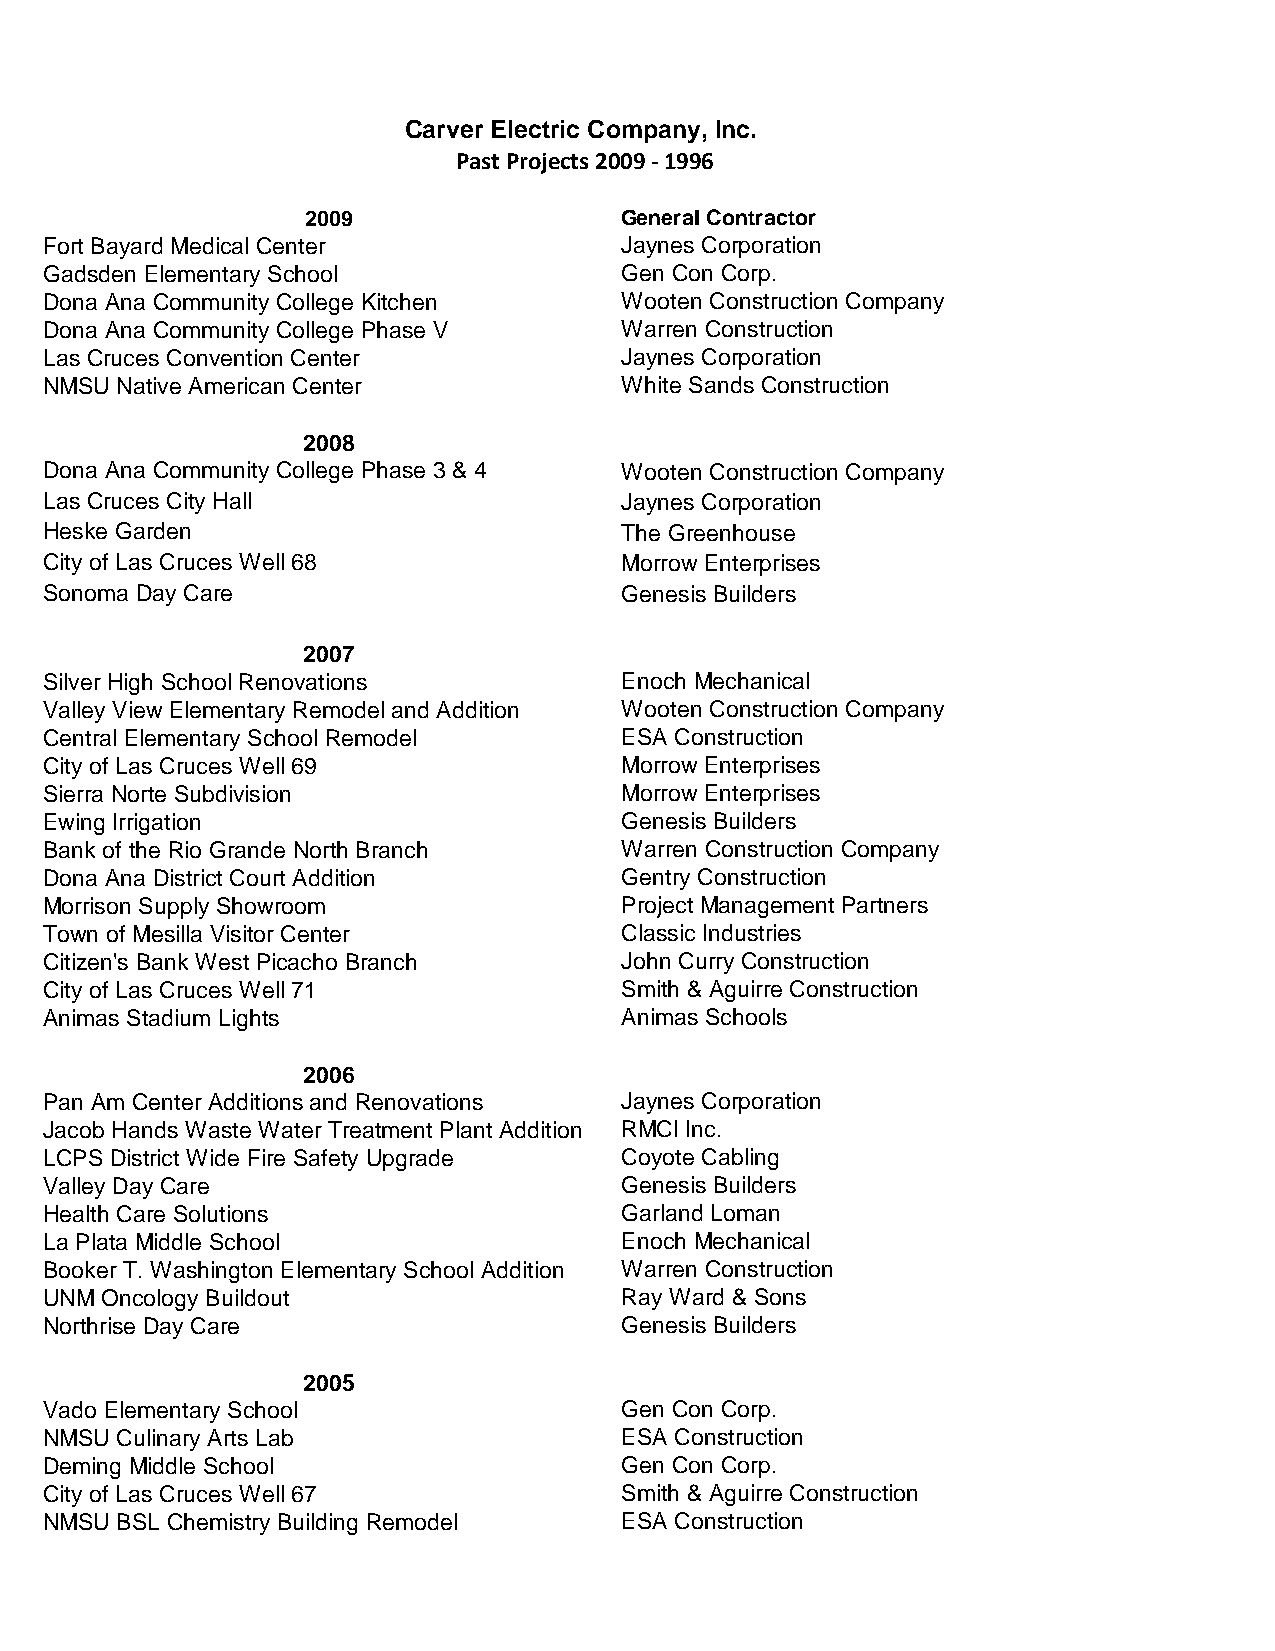
Carver Electric Company, Inc.
 Past Projects 2009 - 1996
 2009                 General Contractor
 Fort Bayard Medical Center            Jaynes Corporation
 Gadsden Elementary School             Gen Con Corp.
 Dona Ana Community College Kitchen    Wooten Construction Company
 Dona Ana Community College Phase V    Warren Construction
 Las Cruces Convention Center          Jaynes Corporation
 NMSU Native American Center           White Sands Construction
 2008
 Dona Ana Community College Phase 3 & 4 Wooten Construction Company
 Las Cruces City Hall                  Jaynes Corporation
 Heske Garden                          The Greenhouse
 City of Las Cruces Well 68            Morrow Enterprises
 Sonoma Day Care                       Genesis Builders
 2007
 Silver High School Renovations        Enoch Mechanical
 Valley View Elementary Remodel and Addition Wooten Construction Company
 Central Elementary School Remodel     ESA Construction
 City of Las Cruces Well 69            Morrow Enterprises
 Sierra Norte Subdivision              Morrow Enterprises
 Ewing Irrigation                      Genesis Builders
 Bank of the Rio Grande North Branch   Warren Construction Company
 Dona Ana District Court Addition      Gentry Construction
 Morrison Supply Showroom              Project Management Partners
 Town of Mesilla Visitor Center        Classic Industries
 Citizen's Bank West Picacho Branch    John Curry Construction
 City of Las Cruces Well 71            Smith & Aguirre Construction
 Animas Stadium Lights                 Animas Schools
 2006
 Pan Am Center Additions and Renovations Jaynes Corporation
 Jacob Hands Waste Water Treatment Plant Addition RMCI Inc.
 LCPS District Wide Fire Safety Upgrade Coyote Cabling
 Valley Day Care                       Genesis Builders
 Health Care Solutions                 Garland Loman
 La Plata Middle School                Enoch Mechanical
 Booker T. Washington Elementary School Addition Warren Construction
 UNM Oncology Buildout                 Ray Ward & Sons
 Northrise Day Care                    Genesis Builders
 2005
 Vado Elementary School                Gen Con Corp.
 NMSU Culinary Arts Lab                ESA Construction
 Deming Middle School                  Gen Con Corp.
 City of Las Cruces Well 67            Smith & Aguirre Construction
 NMSU BSL Chemistry Building Remodel   ESA Construction